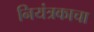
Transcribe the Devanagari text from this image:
नियंत्रकाचा